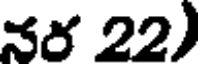
నర 22)